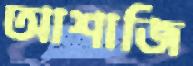
আশাজি